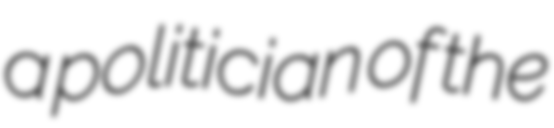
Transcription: a politician of the